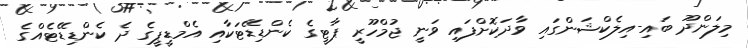
މިލަންދޫ ބައި-އިލެކްޝަންގައި ވާދަކޮށްފައި ވަނީ ޖުމްހޫރީ ޕާޓީގެ ކެންޑިޑޭޓަކާއި އެމްޑީޕީގެ ދެ ކެންޑިޑޭޓެއްގެ